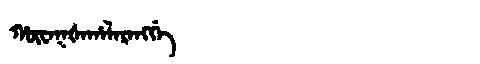
Manchu: ᡥᡡᠸᠠᡴᡧᠠᡥᠠᠯᠠᡵᠠᠩᡤᡝ
Romanization: HŪWAKŠAHALARANGGE